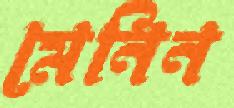
মেনিন